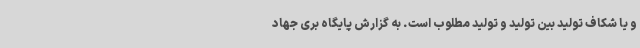
و یا شکاف تولید بین تولید و تولید مطلوب است. به گزارش پایگاه بری جهاد